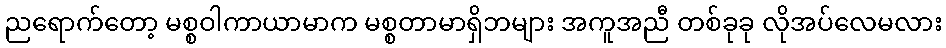
ညရောက်တော့ မစ္စဝါကာယာမာက မစ္စတာမာရှိဘများ အကူအညီ တစ်ခုခု လိုအပ်လေမလား